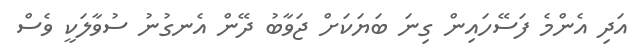
އަދި އެންމެ ފަސޭހައިން ގިނަ ބަޔަކަށް ޖަވާބު ދޭން އެނގުނު ސުވާލަކީ ވެސް